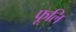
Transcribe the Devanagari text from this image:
फूलि